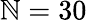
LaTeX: \mathbb{N}=30